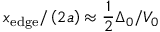
x _ { \mathrm { { e d g e } } } / \left( 2 a \right) \approx \frac { 1 } { 2 } \Delta _ { 0 } / V _ { 0 }